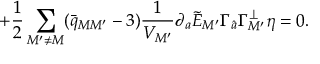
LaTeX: \qquad \qquad \qquad \qquad + { \frac { 1 } { 2 } } \sum _ { M ^ { \prime } \neq M } ( \bar { q } _ { M M ^ { \prime } } - 3 ) { \frac { 1 } { V _ { M ^ { \prime } } } } \partial _ { a } \tilde { E } _ { M ^ { \prime } } \Gamma _ { \hat { a } } \Gamma _ { M ^ { \prime } } ^ { \perp } \eta = 0 .